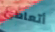
أتعاطى